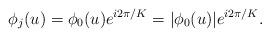
LaTeX: \begin{align*}\phi_j(u) = \phi_0(u) e^{i2\pi/K}=|\phi_0(u)| e^{i2\pi/K}.\end{align*}